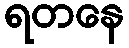
ရတနေ